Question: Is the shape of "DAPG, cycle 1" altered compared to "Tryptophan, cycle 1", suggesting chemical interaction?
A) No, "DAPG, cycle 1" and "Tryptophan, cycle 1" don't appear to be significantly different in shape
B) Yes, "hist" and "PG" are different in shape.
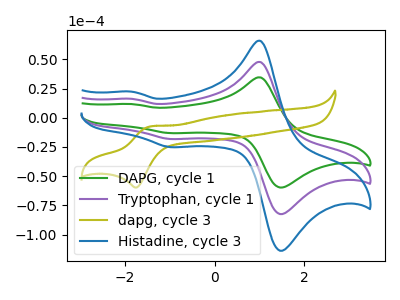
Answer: <think>The green curve "DAPG, cycle 1" has anodic peaks at (1.00V, 34.45uA) (-1.85V, 11.70uA) and cathodic peaks at (1.55V, -59.15uA) (-1.00V, -13.20uA). The purple curve "Tryptophan, cycle 1" has anodic peaks at (1.00V, 47.60uA) (-1.85V, 16.15uA) and cathodic peaks at (1.55V, -81.65uA) (-1.00V, -18.25uA). The olive curve "dapg, cycle 3" has an anodic peak at (-1.45V, -7.40uA) and a cathodic peak at (-1.75V, -59.75uA). The blue curve "Histadine, cycle 3" has anodic peaks at (1.00V, 95.20uA) (-1.85V, 32.30uA) and cathodic peaks at (1.55V, -163.30uA) (-1.00V, -36.50uA).
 All the peaks in "DAPG, cycle 1" have a peak in "Tryptophan, cycle 1" at the same potential. Every peak in "DAPG, cycle 1" is lower than every peak in "Tryptophan, cycle 1".</think>
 <answer>A) No, "DAPG, cycle 1" and "Tryptophan, cycle 1" don't appear to be significantly different in shape</answer>
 <eval>A</eval>